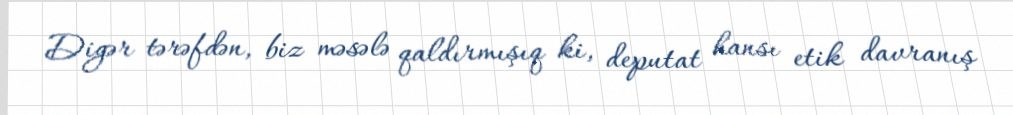
Digər tərəfdən, biz məsələ qaldırmışıq ki, deputat hansı etik davranış